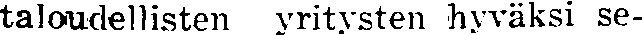
taloudellisten yritysten hyväksi se-